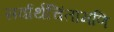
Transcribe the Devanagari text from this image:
सर्वार्थचिंतामणि